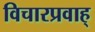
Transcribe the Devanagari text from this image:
विचारप्रवाह्